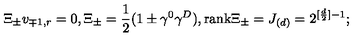
\ \Xi _ { \pm } v _ { \mp 1 , r } = 0 , \Xi _ { \pm } = \frac { 1 } { 2 } ( 1 \pm \gamma ^ { 0 } \gamma ^ { D } ) , \mathrm { r a n k } \Xi _ { \pm } = J _ { ( d ) } = 2 ^ { [ \frac { d } { 2 } ] - 1 } ;